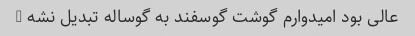
عالی بود امیدوارم گوشت گوسفند به گوساله تبدیل نشه …